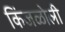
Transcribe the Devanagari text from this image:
किंजळोली